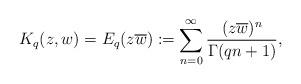
LaTeX: \begin{align*}K_q(z,w)=E_q(z\overline{w}):=\displaystyle \sum_{n=0}^\infty \frac{(z\overline{w})^n}{\Gamma(qn+1)},\end{align*}